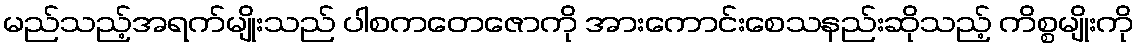
မည်သည့်အရက်မျိုးသည် ပါစကတေဇောကို အားကောင်းစေသနည်းဆိုသည့် ကိစ္စမျိုးကို